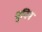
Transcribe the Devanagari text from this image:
युनिन